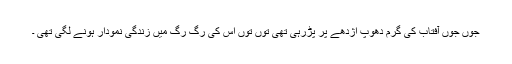
جوں جوں آفتاب کی گرم دھوپ اژدھے پر پڑرہی تھی توں توں اس کی رگ رگ میں زندگی نمودار ہونے لگی تھی ۔